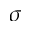
\sigma